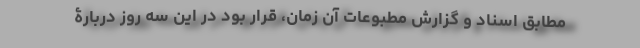
مطابق اسناد و گزارش مطبوعات آن زمان، قرار بود در این سه روز دربارۀ